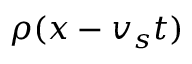
\rho ( x - v _ { s } t )